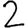
Digit: 2